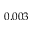
0 . 0 0 3